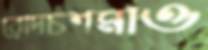
রোদচশমাও